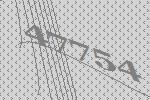
47754